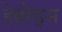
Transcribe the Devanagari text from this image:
हेब्रीड्स